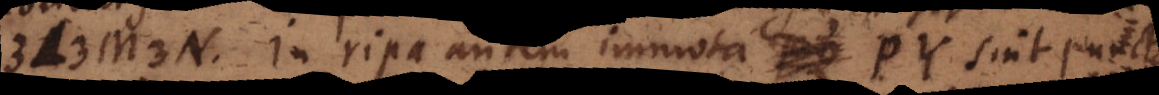
L M N. In ripa autem PY sint punct